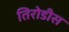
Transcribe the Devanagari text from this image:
तिरोडीस